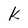
Character: k